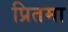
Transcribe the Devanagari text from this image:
प्रितमा